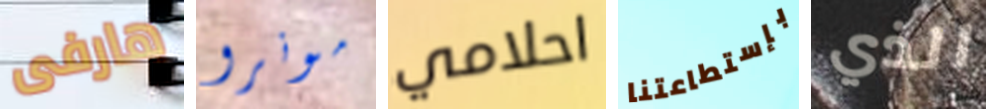
هارفى مونرو احلامي بإستطاعتنا الذي